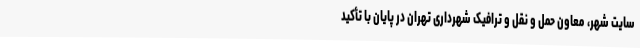
سایت شهر، معاون حمل و نقل و ترافیک شهرداری تهران در پایان با تأکید